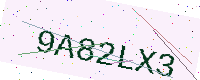
Text: 9A82LX3